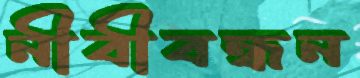
নীবীবন্ধন